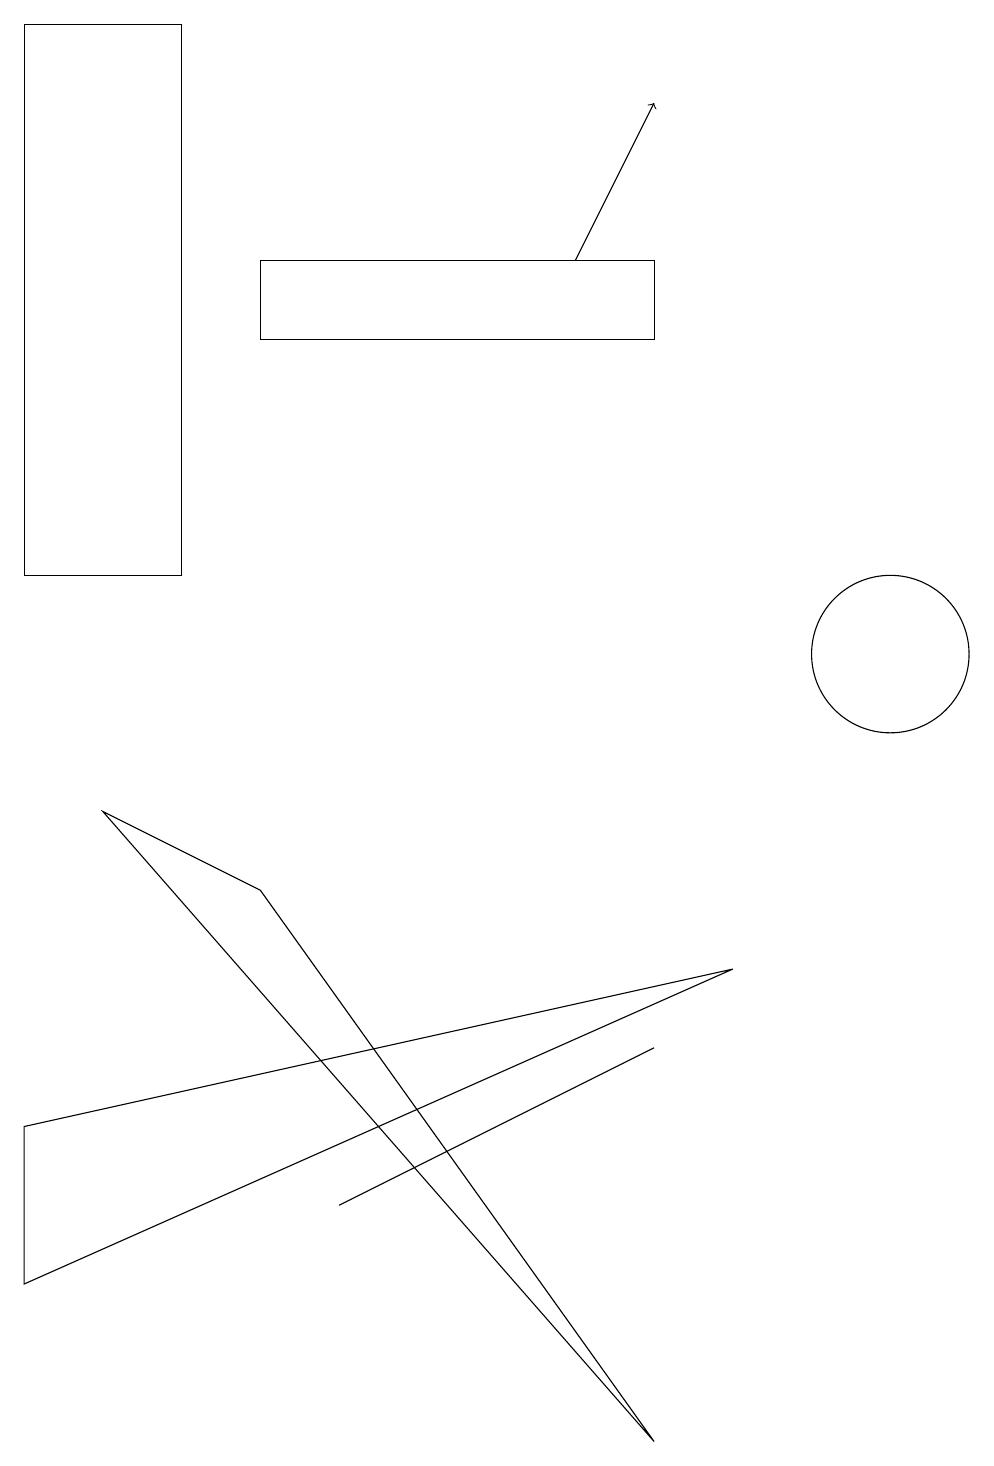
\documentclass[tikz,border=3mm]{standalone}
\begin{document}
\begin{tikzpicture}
\draw (0,4) -- (9,6) -- (0,2) -- cycle;
\draw (11,10) circle (1);
\draw (3,15) rectangle (8,14);
\draw (8,0) -- (3,7) -- (1,8) -- cycle;
\draw (8,5) -- (6,4) -- (4,3) -- cycle;
\draw (0,11) rectangle (2,18);
\draw[->] (7,15) -- (8,17);
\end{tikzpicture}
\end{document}